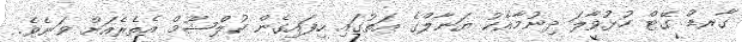
ގާރޑް ގޭޓް ހުޅުވާލަ ދިނުމާއެކު ޔަނާލްގެ އަތުގައި ހިފައިގެން ކުލްޝޫމް އެތެރެއަށް ވަނެވެ.